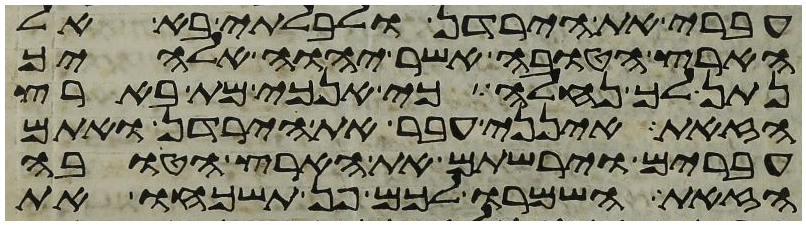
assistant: עברי את הירדן ולבלתי בא אל
הארץ הטובה אשר יהוה אלהיך
נתן לך נחלה כי אנכי מת בארץ
הזאת אינני עבר את הירדן ואתם
עברים וירשתם את הארץ הטובה
הזאת השמרו לכם פן תשכחו את